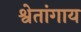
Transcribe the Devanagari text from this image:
श्वेतांगाय